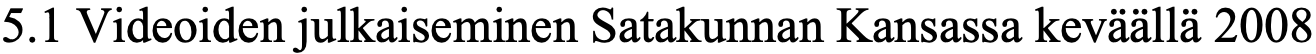
5.1 Videoiden julkaiseminen Satakunnan Kansassa keväällä 2008